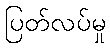
ပြတ်လပ်မှု